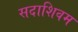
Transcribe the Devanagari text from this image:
सदाशिवम